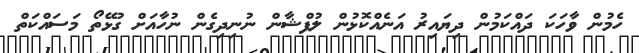
ހެމުން ވާހަކަ ދައްކަމުން ދިޔައިރު އަނެއްކޮޅުން ލުފްޝާން ނުނިދިގެން ނުހާއަށް ގުޅޭތޯ މަސައްކަތް